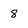
Character: 8